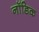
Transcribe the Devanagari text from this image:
नॉडिक